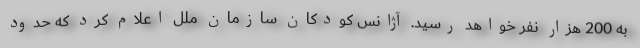
به 200 هزار نفر خواهد رسید. آژانس کودکان سازمان ملل اعلام کرد که حدود